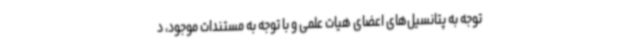
توجه به پتانسیل‌های اعضای هیات علمی و با توجه به مستندات موجود، د